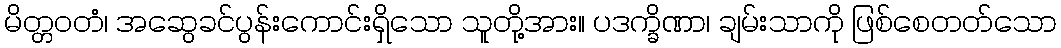
မိတ္တဝတံ၊ အဆွေခင်ပွန်းကောင်းရှိသော သူတို့အား။ ပဒက္ခိဏာ၊ ချမ်းသာကို ဖြစ်စေတတ်သော